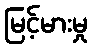
မြင့်မားမှု